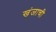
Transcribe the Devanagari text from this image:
खंजाची